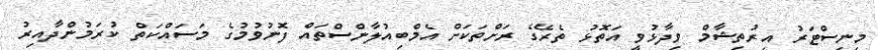
މިނިސްޓަރު އިރުތިޝާމް ވިދާޅުވީ އަތޮޅު ތެރޭގެ ރަށްތަކަށް އެމްބިއުލާންސްތައް ފޮނުވުމުގެ މަސައްކަތް ކުރަމުންދާއިރު